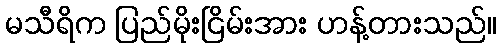
မသီရိက ပြည်မိုးငြိမ်းအား ဟန့်တားသည်။